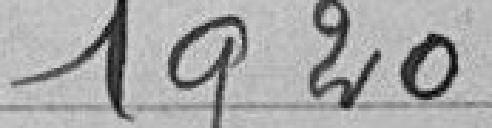
1920